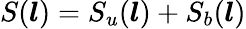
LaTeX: S(\boldsymbol{l})=S_{u}(\boldsymbol{l})+S_{b}(\boldsymbol{l})